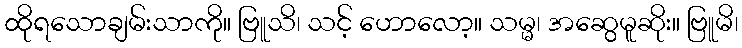
ထိုရသောချမ်းသာကို။ ဗြူသိ၊ သင့် ဟောလော့။ သမ္မ၊ အဆွေမူဆိုး။ ဗြူမိ၊